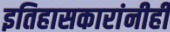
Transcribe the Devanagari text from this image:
इतिहासकारांनीही